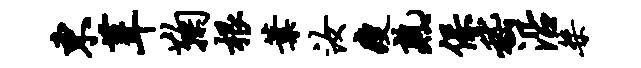
东葺鞠根叶汝瘦熟保嵇沿桀